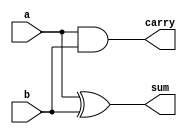
module halfadder(sum,carry,a,b);

input a,b;
output sum,carry;

//Structural
xor (sum,a,b);
and (carry,a,b);

endmodule


module halfadder_test;

//inputs
reg a;
reg b;

//outputs
wire sum;
wire carry;

//instantiat unit under test
halfadder ha ( .sum(sum), .carry(carry), .a(a), .b(b));

initial begin
  a = 1'b0;
  b = 1'b0;
  #2 a = 1'b0; b= 1'b1;
  #2 a = 1'b1; b= 1'b0;
  #2 a = 1'b1; b= 1'b1;
end

initial begin
  $dumpfile("a.vcd");
  $dumpvars(0, halfadder_test);
  $monitor("time=%g,s=%b,c=%b,a=%b,b=%b", $time, sum,carry,a,b);
end
initial #10 $finish; 



endmodule